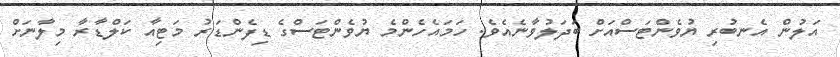
އަލުން އެނބުރި ޔުވެންޓަސްއަށް ބަދަލުވާނެއެވެ. ހަމައެހެންމެ ޔުވެންޓަސްގެ ޑިފެންޑަރު މަޓިއާ ކަލްޑާރާ މިލާނަށް